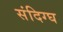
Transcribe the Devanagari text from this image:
संदिग्घ